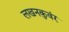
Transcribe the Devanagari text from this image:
लखनकुवंर